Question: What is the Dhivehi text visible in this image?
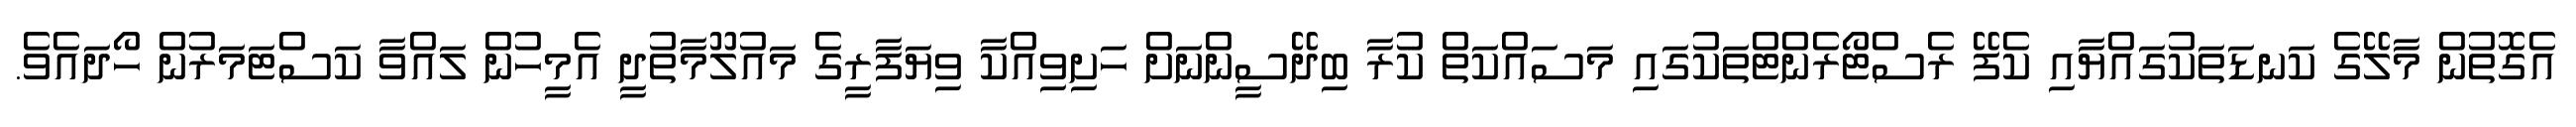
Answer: އެގޮތުން މާލޭގެ ކަނޑަތަކުގައްޔާއި ކެފޭ ރެސްޓޯރެންޓްތަކުގައި މަސައްކަތް ކުރާ ބިދޭސީންނަށް ހަށިވިއްކާ ވިޔަފާރީގެ މައުލޫމާތުދީ އެމީހުން ލައްވާ ކަސްޓަމަރުން ހޯދައެވެ.